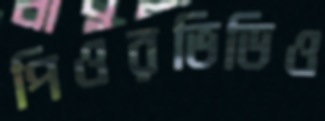
পিওরভিডিও